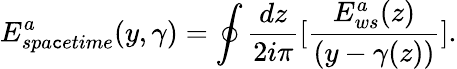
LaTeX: E_{spa\mathtt{c}etime}^{a}(y,\gamma)=\oint{\frac{{dz}}{{2i\pi}}}\lbrack{\frac{{E_{ws}^{a}(z)}}{{(y-\gamma(z))}}}\rbrack.